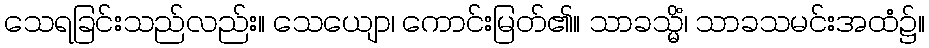
သေရခြင်းသည်လည်း။ သေယျော၊ ကောင်းမြတ်၏။ သာခသ္မိံ၊ သာခသမင်းအထံ၌။